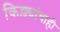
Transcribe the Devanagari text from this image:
किल्ल्यांचाही